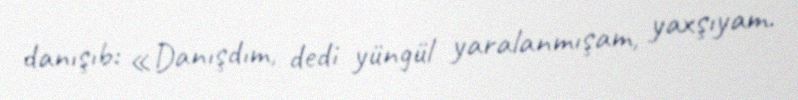
danışıb: «Danışdım, dedi yüngül yaralanmışam, yaxşıyam.